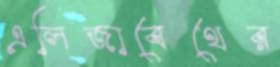
এলিজাবেথের